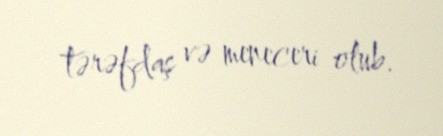
tərəfdaş və meneceri olub.